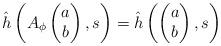
LaTeX: \begin{align*} \hat h\left( A_\phi \begin{pmatrix}a\\b\end{pmatrix}, s\right) = \hat h\left(\begin{pmatrix}a\\b\end{pmatrix}, s\right)\end{align*}